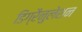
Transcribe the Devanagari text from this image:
डिग्रैनुलेशन